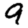
Digit: 9